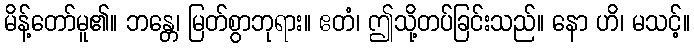
မိန့်တော်မူ၏။ ဘန္တေ၊ မြတ်စွာဘုရား။ ဧတံ၊ ဤသို့တပ်ခြင်းသည်။ နော ဟိ၊ မသင့်။